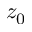
z _ { 0 }